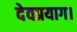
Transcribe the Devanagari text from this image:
देवप्रयाग।